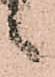
候